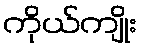
ကိုယ်ကျိုး